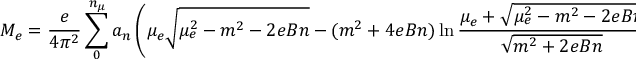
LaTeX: { \cal M } _ { e } = \frac { e } { 4 \pi ^ { 2 } } \sum _ { 0 } ^ { n _ { \mu } } a _ { n } \left( \mu _ { e } \sqrt { \mu _ { e } ^ { 2 } - m ^ { 2 } - 2 e B n } - ( m ^ { 2 } + 4 e B n ) \ln \frac { \mu _ { e } + \sqrt { \mu _ { e } ^ { 2 } - m ^ { 2 } - 2 e B n } } { \sqrt { m ^ { 2 } + 2 e B n } } \right) + { \cal M } _ { 0 e } ,